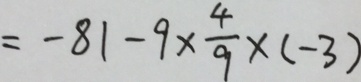
= - 8 1 - 9 \times \frac { 4 } { 9 } \times ( - 3 )